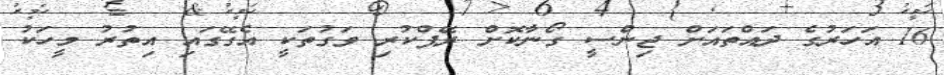
16 އަހަރުގެ ދައްތައަށް ޖިންސީ ގޯނާކޮށް ރޭޕްކުރި ވަގުތަކީ އެގޭގައި އިތުރު މީހަކު